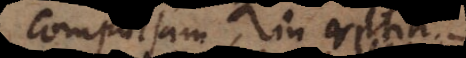
compulsam in retia